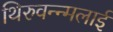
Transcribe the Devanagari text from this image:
थिरुवन्न्मलाई